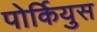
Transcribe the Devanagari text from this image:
पोर्कियुस